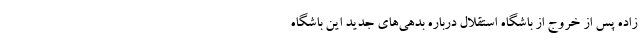
زاده پس از خروج از باشگاه استقلال درباره بدهی‌های جدید این باشگاه